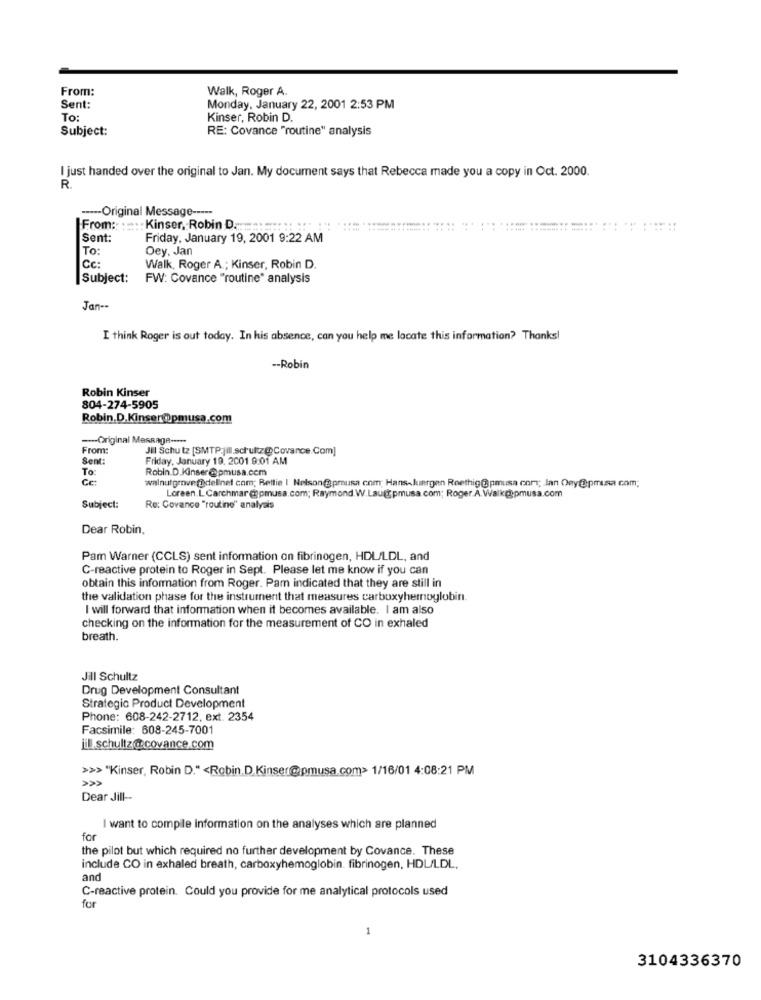
From:
Walk, Roger A.
Sent:
Monday, January 22, 2001 2:53 PM
To:
Kinser, Robin D.
Subject:
RE: Covance "routine" analysis
I just handed over the original to Jan. My document says that Rebecca made you a copy in Oct. 2000.
R.
----- Original Message -----
From :: :.... Kinser, Robin D.
Sent:
Friday, January 19, 2001 9:22 AM
I To:
Dey. Jan
Cc:
Walk, Roger A .; Kinser, Robin D.
Subject:
FW: Covance "routine" analysis
Jan --
I think Roger is out today. In his absence, can you help me locate this information? Thanks!
-- Robin
Robin Kinser
804-274-5905
Robin.D.Kinser@pmusa.com
--- Original Message -....
From:
Jill Schutz [SMTP:|Ill.schultz@Covance.Com]
Sent:
Friday, January 19, 2001 9:01 AM
To:
Robin.D.Kinser@pmusa.com
ce
walnutgrove@@cellinet com; Rettie | Nelson@prusa com; Hans-Juergen Roethig@pmusa onmy; lan Oey@pmusa com;
Loreen.L. Carchmar@pmusa.com; Raymond. W.Laugtpmusa.com; Roger.A.Walk@pmusa.com
Subject:
Re: Covance "routine" analysis
Dear Robin.
Pam Warner (CCLS) sent information on fibrinogen, HDL/LDL, and
C-reactive protein to Roger in Sept. Please let me know if you can
obtain this information from Roger. Pam indicated that they are still in
the validation phase for the instrument that measures carboxyhemoglobin.
I will forward that information when it becomes available. I am also
checking on the information for the measurement of CO in exhaled
breath.
Jill Schultz
Drug Development Consultant
Strategic Product Development
Phone: 608-242-2712, ext. 2354
Facsimile: 608-245-7001
il schultz@covance.com
>>> "Kinser, Robin D." <Robin.D.Kinser@pmusa.com> 1/16/01 4:08:21 PM
Dear Jill --
I want to compile information on the analyses which are planned
for
the pilot but which required no further development by Covance. These
include CO in exhaled breath, carboxyhemoglobin. fibrinogen, HDL/LDL,
and
C-reactive protein. Could you provide for me analytical protocols used
for
1
3104336370